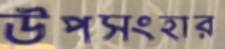
উপসংহার